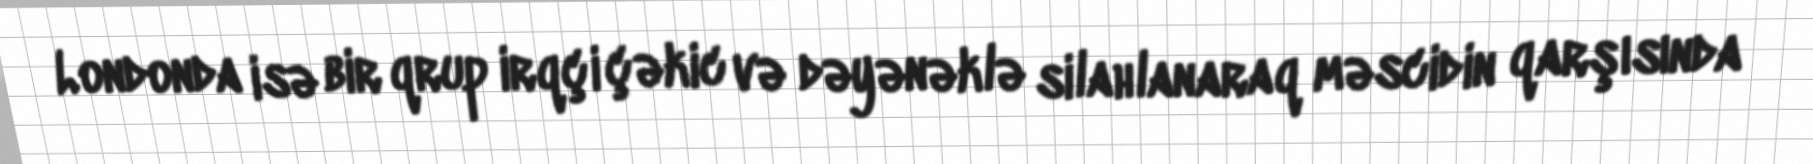
Londonda isə bir qrup irqçi çəkic və dəyənəklə silahlanaraq məscidin qarşısında